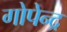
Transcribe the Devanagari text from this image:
गोपेन्द्र